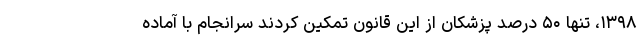
۱۳۹۸، تنها ۵۰ درصد پزشکان از این قانون تمکین کردند سرانجام با آماده